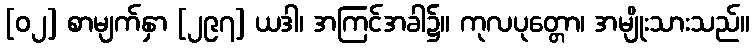
[၀၂] စာမျက်နှာ [၂၉၇] ယဒါ၊ အကြင်အခါ၌။ ကုလပုတ္တော၊ အမျိုးသားသည်။